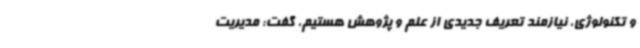
و تکنولوژی، نیازمند تعریف جدیدی از علم و پژوهش هستیم، گفت: مدیریت